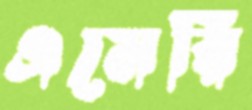
এমেরি